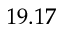
1 9 . 1 7